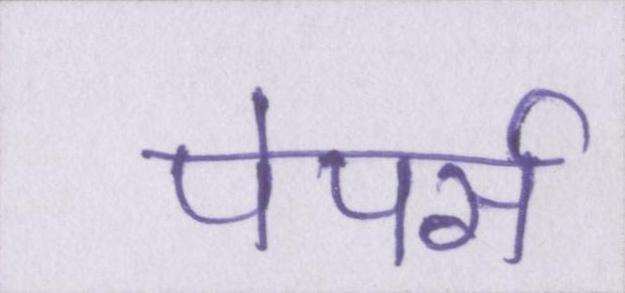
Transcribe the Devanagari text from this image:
पेपर्स